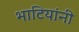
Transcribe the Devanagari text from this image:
भाटियांनी